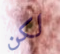
لكن